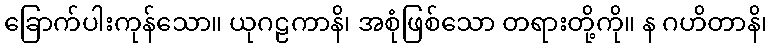
ခြောက်ပါးကုန်သော။ ယုဂဠကာနိ၊ အစုံဖြစ်သော တရားတို့ကို။ န ဂဟိတာနိ၊